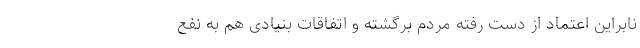
نابراین اعتماد از دست رفته مردم برگشته و اتفاقات بنیادی هم به نفع